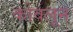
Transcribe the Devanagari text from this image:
कोवलून